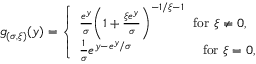
g _ { ( \sigma , \xi ) } ( y ) = { \left\{ \begin{array} { l l } { { \frac { e ^ { y } } { \sigma } } { \bigg ( } 1 + { \frac { \xi e ^ { y } } { \sigma } } { \bigg ) } ^ { - 1 / \xi - 1 } \, \, \, \, { \mathrm { f o r ~ } } \xi \neq 0 , } \\ { { \frac { 1 } { \sigma } } e ^ { y - e ^ { y } / \sigma } \, \, \, \, \, \, \, \, \, \, \, \, \, \, \, \, \, \, \, \, \, \, \, \, \, \, \, \, \, \, \, \, { \mathrm { f o r ~ } } \xi = 0 , } \end{array} \right. }